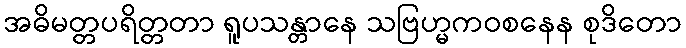
အဓိမတ္တပရိတ္တတာ ရူပသန္တာနေ သဗြဟ္မကဝစနေန စုဒိတော